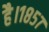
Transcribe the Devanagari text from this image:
है।१८५७